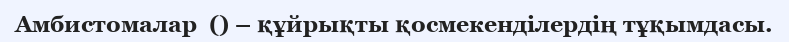
Амбистомалар  () – құйрықты қосмекенділердің тұқымдасы.